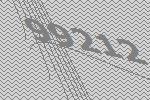
99212